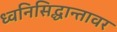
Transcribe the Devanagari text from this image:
ध्वनिसिद्धान्तावर